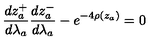
\frac { d z _ { a } ^ { + } } { d \lambda _ { a } } \frac { d z _ { a } ^ { - } } { d \lambda _ { a } } - e ^ { - 4 \rho ( z _ { a } ) } = 0